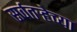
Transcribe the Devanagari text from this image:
सर्वतऱ्हेच्या